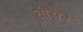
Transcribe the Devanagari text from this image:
वीसने